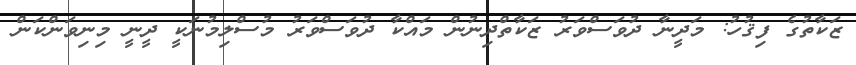
ޒަކާތުގެ ފިޤުހު: މަދީނާ ދުވަސްވަރު ޒަކާތްދިނުން މައްކާ ދުވަސްވަރު މުސްލިމުނަކީ ދީނީ މިނިވަންކަން